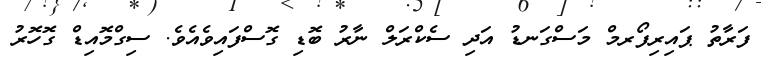
ފަރާތު ޕައިރިފޯރމް މަސްގަނޑު އަދި ސެކްރަލް ނާރު ބޮޑި ގޮސްފައިވެއެވެ. ސިގްމޮއިޑް ގޮހޮރު